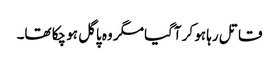
قاتل رہا ہو کر آگیا مگر وہ پاگل ہو چکا تھا۔